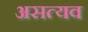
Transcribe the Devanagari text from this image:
असत्यव